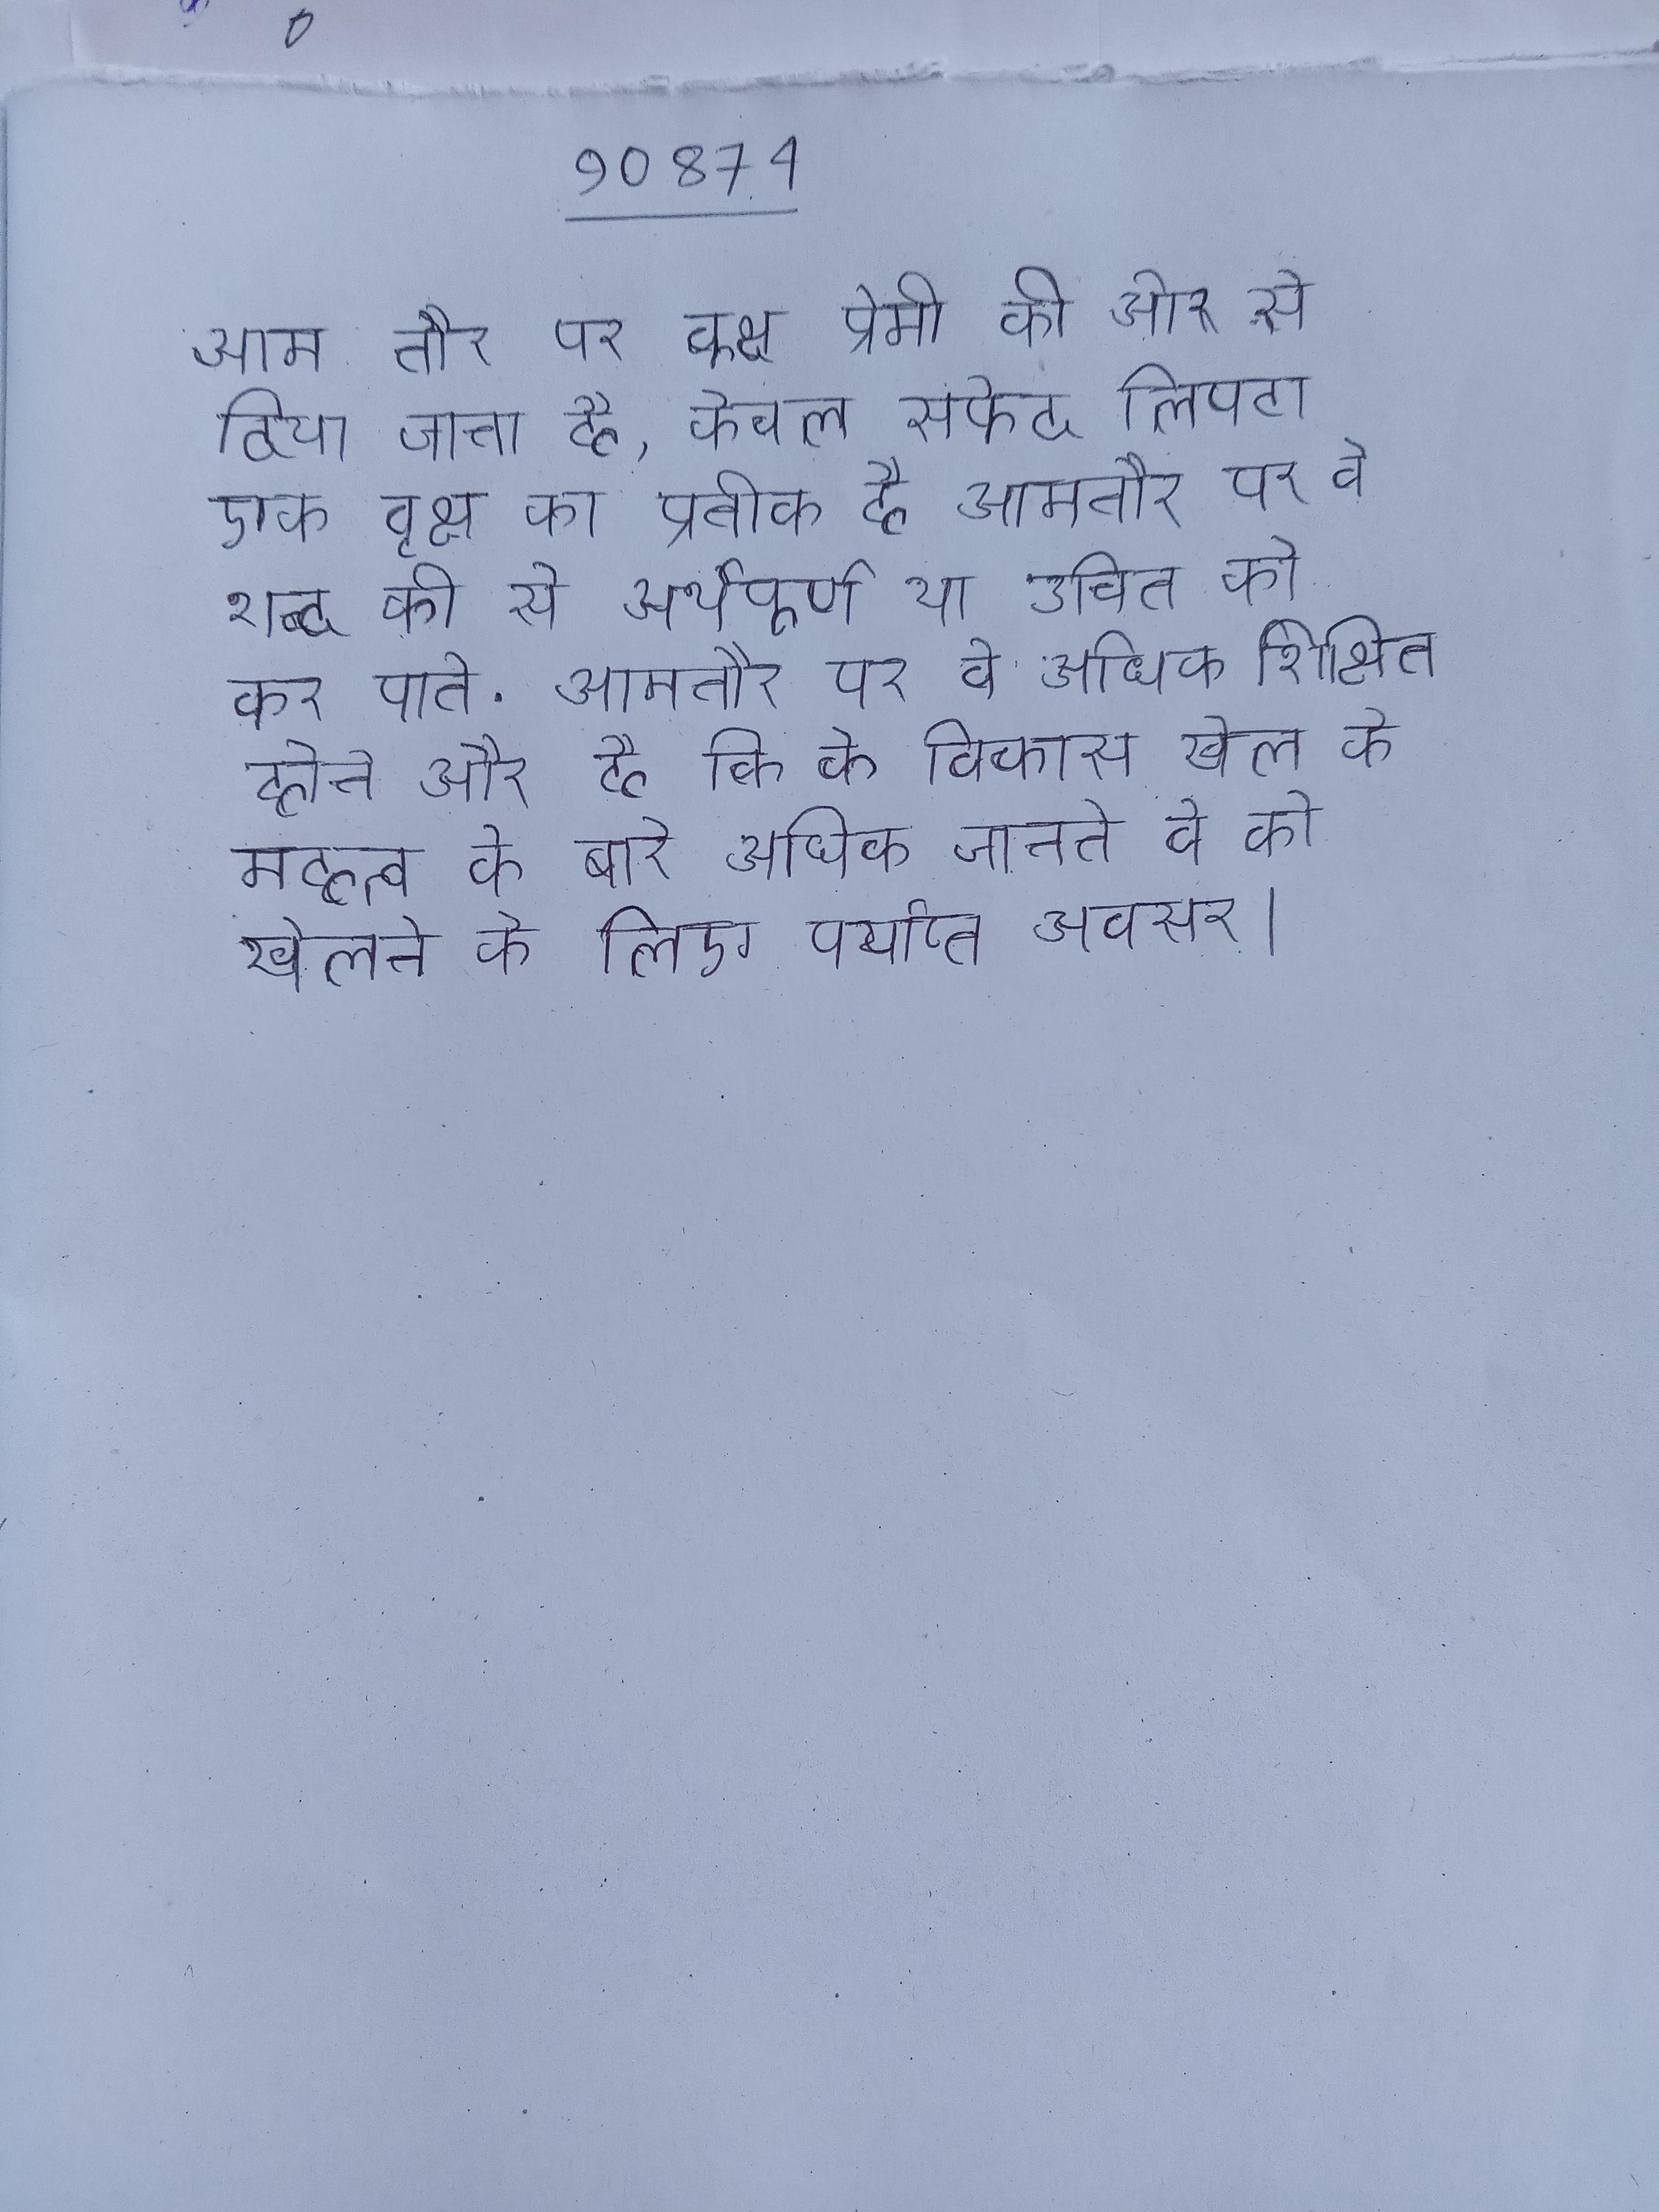
आम तौर पर वृक्ष प्रेमी की ओर से दिया जाता है, केवल सफेद लिपटा एक वृक्ष का प्रतीक है । आमतौर पर वे शब्द की से अर्थपूर्ण या उचित को कर पाते . आमतौर पर वे अधिक शिक्षित होते और है कि के विकास खेल के महत्व के बारे अधिक जानते वे को खेलने के लिए पर्याप्त अवसर ।